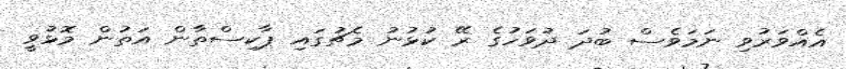
އެއްވަރުވި ނަމަވެސް ބުދަ ދުވަހުގެ ރޭ ކުޅުނު މެޗުގައި ޕާކިސްތާން އަތުން މޮޅުވީ